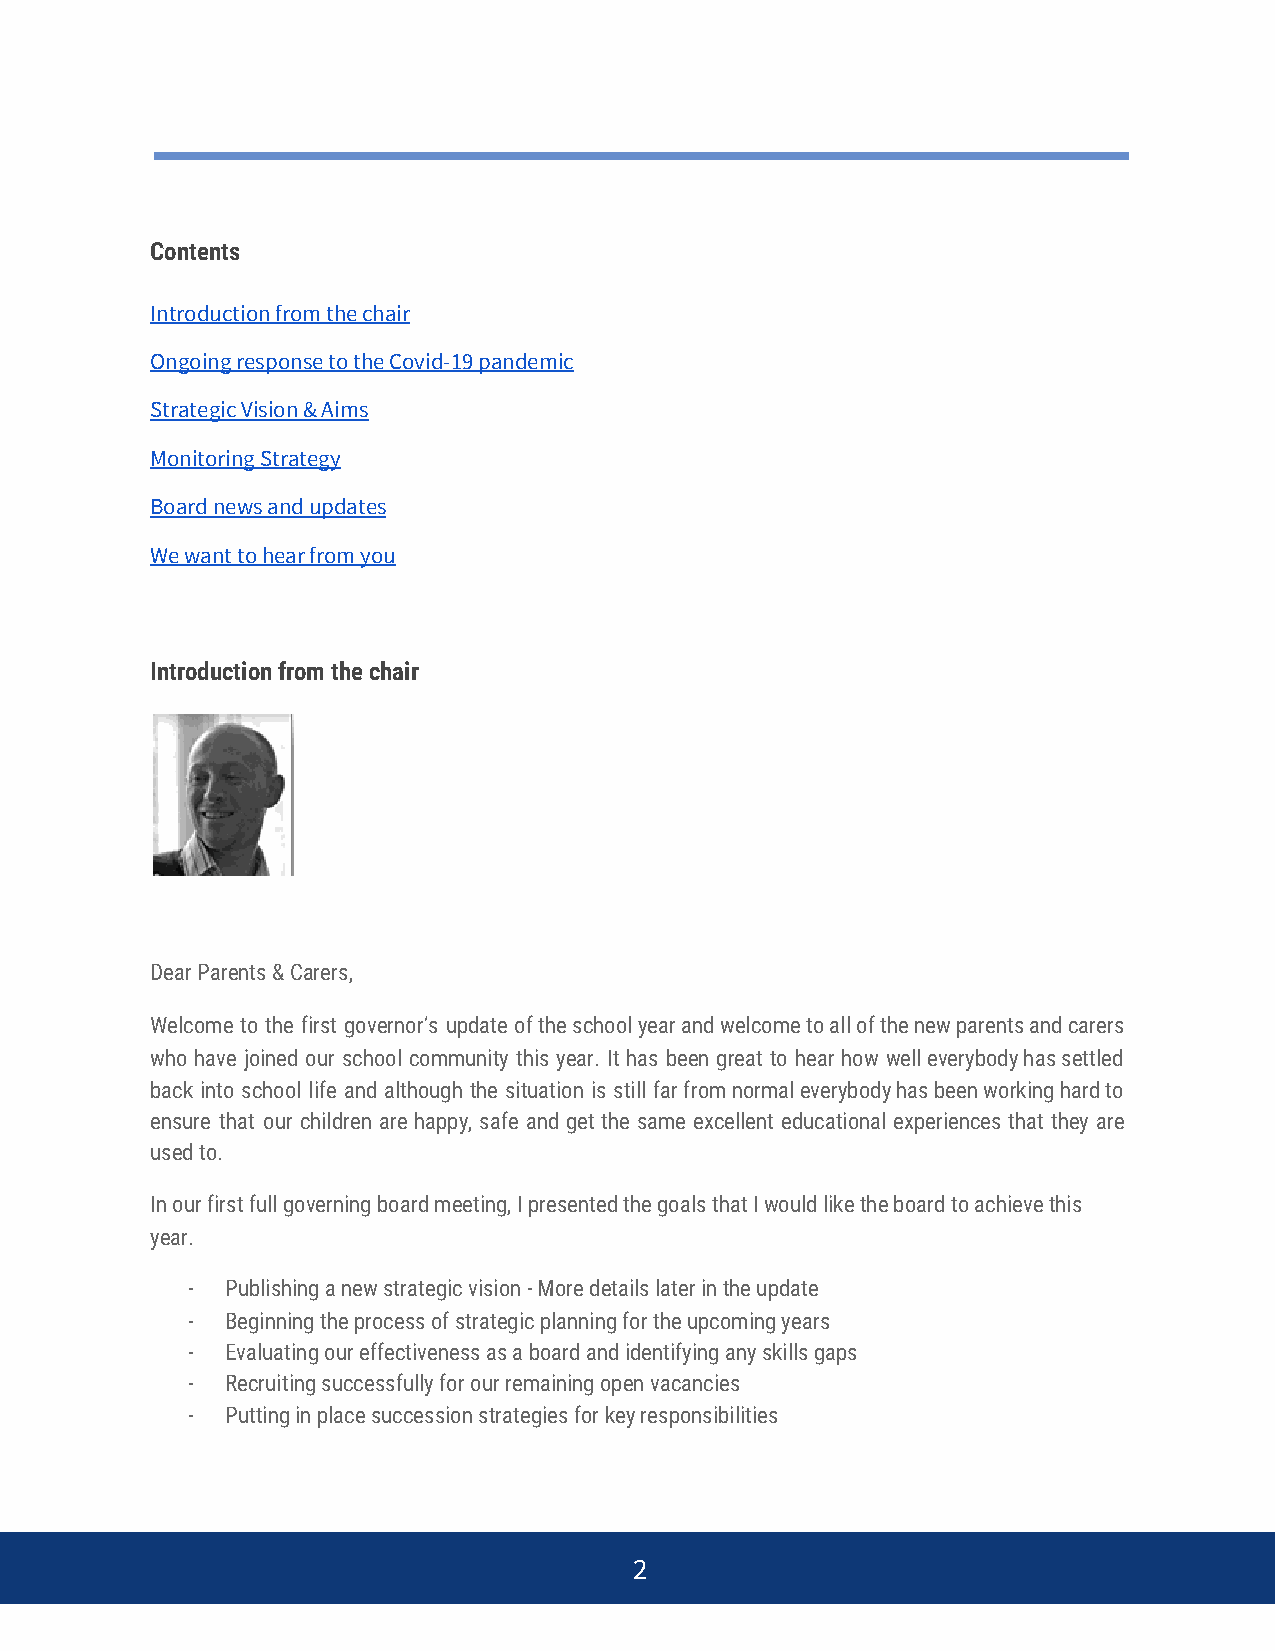
Contents
 Introduction from the chair
 Ongoing response to the Covid-19 pandemic
 Strategic Vision & Aims
 Monitoring Strategy
 ​
 Board news and updates
 We want to hear from you
 Introduction from the chair
 Dear Parents & Carers,
 Welcome to the first governor’s update of the school year and welcome to all of the new parents and carers
 who have joined our school community this year. It has been great to hear how well everybody has settled
 back into school life and although the situation is still far from normal everybody has been working hard to
 ensure that our children are happy, safe and get the same excellent educational experiences that they are
 used to.
 In our first full governing board meeting, I presented the goals that I would like the board to achieve this
 year.
 -  Publishing a new strategic vision - More details later in the update
 -  Beginning the process of strategic planning for the upcoming years
 -  Evaluating our effectiveness as a board and identifying any skills gaps
 -  Recruiting successfully for our remaining open vacancies
 -  Putting in place succession strategies for key responsibilities
 2